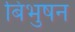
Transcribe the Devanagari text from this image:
बिभुषन